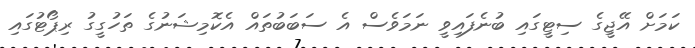
ކަމަށް އޭޖީގެ ސިޓީގައި ބުނެފައިވީ ނަމަވެސް އެ ސަބަބުތައް އެކޮމިޝަނުގެ ތަހުގީގު ރިޕޯޓުގައި